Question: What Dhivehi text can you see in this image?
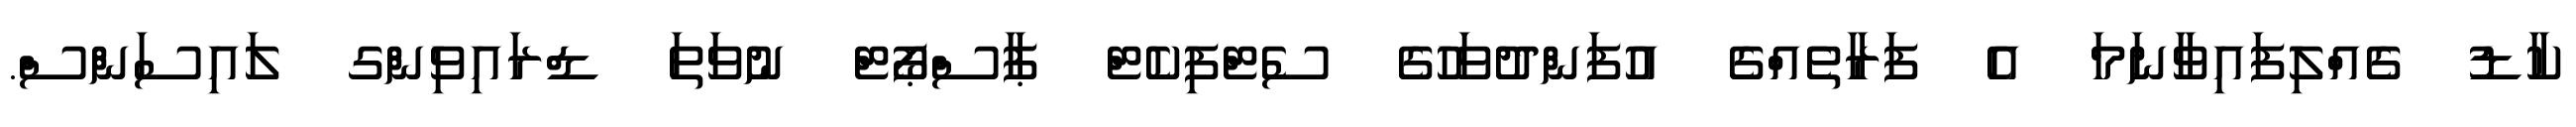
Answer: ކާޑު ގެއްލިފައިވާނަމަ އެ ފަރާތެއްގެ އުފަންދުވަހުގެ ސެޓްފިކެޓް ޕާސްޕޯޓް ނުވަތަ ޑްރައިވިންގ ލައިސަންސް.